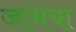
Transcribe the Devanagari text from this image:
जांभया